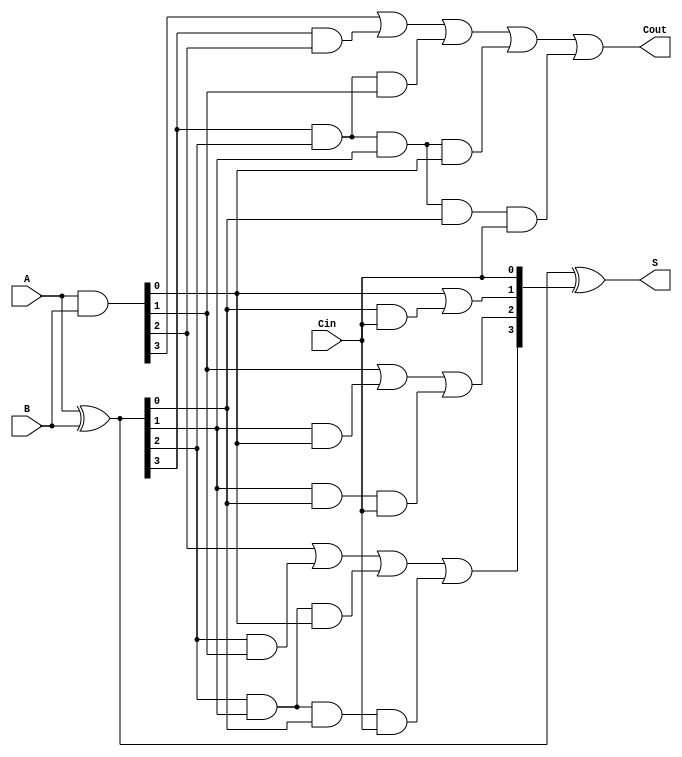
`timescale 1ns / 1ps

module CLA_4bit(output [3:0] S,
		output 	     Cout,
		input [3:0]  A,B,
		input 	     Cin);
   
   wire [3:0] 		     G,P,C;
   
   assign G = A & B; //Generate
   assign P = A ^ B; //Propagate
   assign C[0] = Cin;
   assign C[1] = G[0] | (P[0] & C[0]);
   assign C[2] = G[1] | (P[1] & G[0]) | (P[1] & P[0] & C[0]);
   assign C[3] = G[2] | (P[2] & G[1]) | (P[2] & P[1] & G[0]) | (P[2] & P[1] & P[0] & C[0]);
   assign Cout = G[3] | (P[3] & G[2]) | (P[3] & P[2] & G[1]) | (P[3] & P[2] & P[1] & G[0]) |(P[3] & P[2] & P[1] & P[0] & C[0]);
   assign S = P ^ C;
   
endmodule